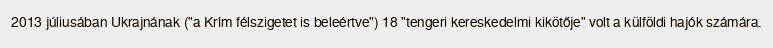
2013 júliusában Ukrajnának ("a Krím félszigetet is beleértve") 18 "tengeri kereskedelmi kikötője" volt a külföldi hajók számára.